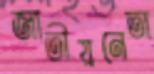
জাতীয়নেতা